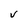
Character: V